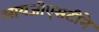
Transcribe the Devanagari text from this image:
आयजीएसटीने